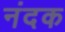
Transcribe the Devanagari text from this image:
नंदक